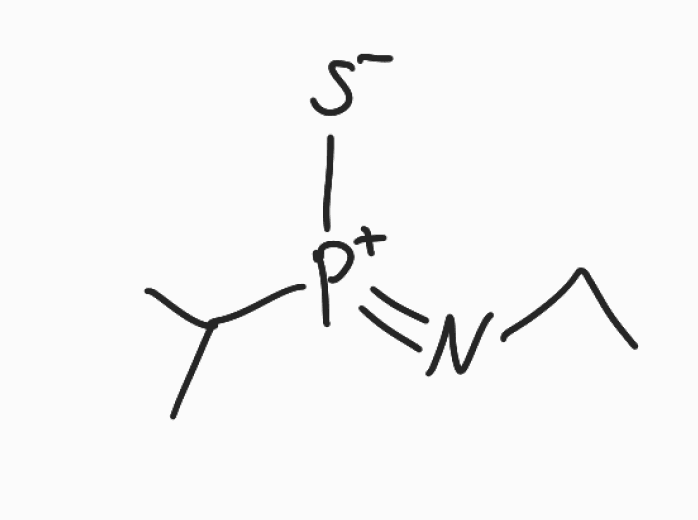
Simplified molecular-input line-entry system (SMILES) notation of the given molecule:
CCN=[P+](C(C)C)[S-]